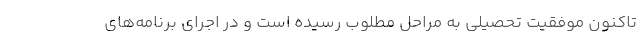
تاکنون موفقیت تحصیلی به مراحل مطلوب رسیده است و در اجرای برنامه‌های